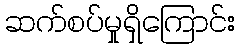
ဆက်စပ်မှုရှိကြောင်း